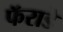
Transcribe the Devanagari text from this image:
फॅराडे